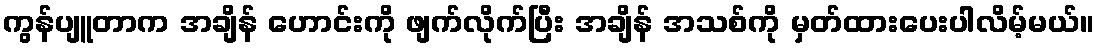
ကွန်ပျူတာက အချိန် ဟောင်းကို ဖျက်လိုက်ပြီး အချိန် အသစ်ကို မှတ်ထားပေးပါလိမ့်မယ်။